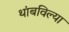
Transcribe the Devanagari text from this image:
थांबविल्या